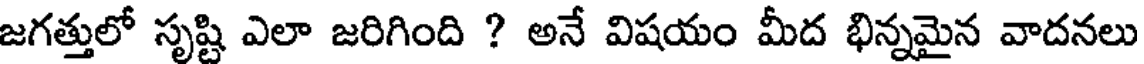
జగత్తులో సృష్టి ఎలా జరిగింది ? అనే విషయం మీద భిన్నమైన వాదనలు